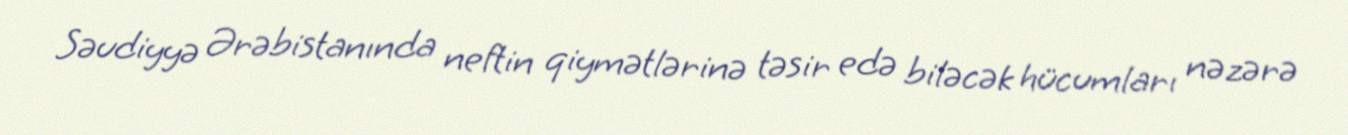
Səudiyyə Ərəbistanında neftin qiymətlərinə təsir edə biləcək hücumları nəzərə